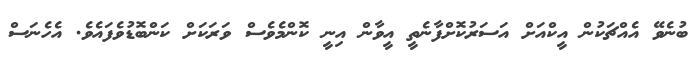
ބުނެވޭ އެއްޗަކުން އީކްއަށް އަސަރުކޮށްފާނެތީ އީވާން އިނީ ކޮންމެވެސް ވަރަކަށް ކަންބޮޑުވެފައެވެ. އެހެނަސް